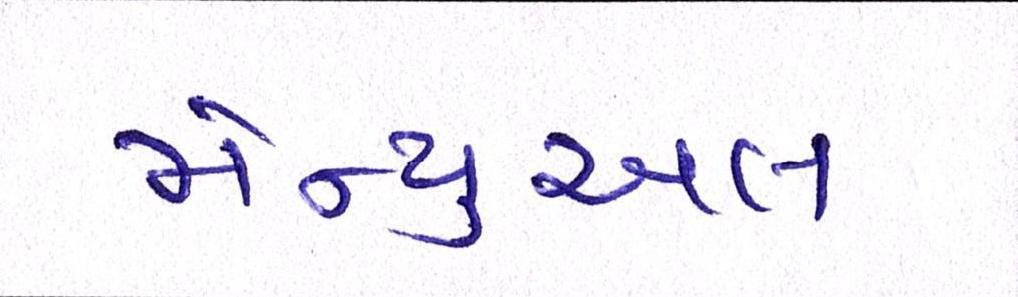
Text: મેન્યુઅલ